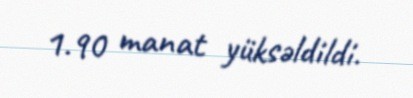
1.90 manat yüksəldildi.